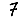
Digit: 7